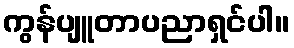
ကွန်ပျူတာပညာရှင်ပါ။